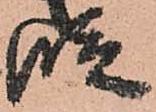
段